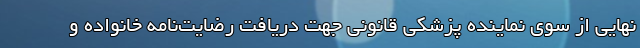
نهایی از سوی نماینده پزشکی قانونی جهت دریافت رضایت‌نامه خانواده و